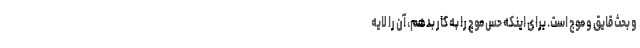
و بحث قایق و موج است. برای اینکه حس موج را به کار بدهم، آن را لایه